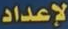
لإعداد